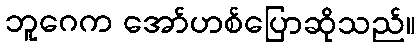
ဘူဂေက အော်ဟစ်ပြောဆိုသည်။